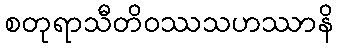
စတုရာသီတိဝဿသဟဿာနိ